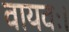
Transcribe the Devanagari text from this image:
वायवः।